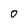
Character: 0